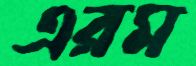
এরম